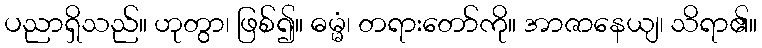
ပညာရှိသည်။ ဟုတွာ၊ ဖြစ်၍။ ဓမ္မံ၊ တရားတော်ကို။ အာဇာနေယျ၊ သိရာ၏။